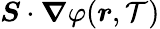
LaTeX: \boldsymbol{S}\cdot\boldsymbol{\nabla}\varphi(\boldsymbol{r},\mathcal{T})